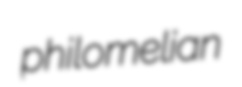
philomelian